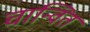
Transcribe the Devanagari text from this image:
चान्वितं